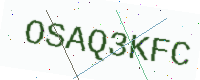
Text: OSAQ3KFC